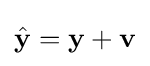
{\hat {\mathbf {y} }}=\mathbf {y} +\mathbf {v}